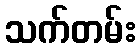
သက်တမ်း